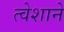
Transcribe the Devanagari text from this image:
त्वेशाने